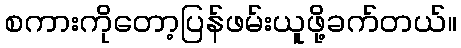
စကားကိုတော့ပြန်ဖမ်းယူဖို့ခက်တယ်။